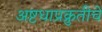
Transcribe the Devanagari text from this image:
अष्टधाप्रक्रुतीचे